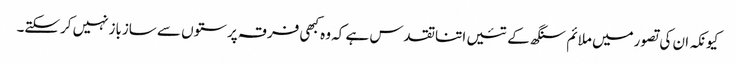
کیونکہ ان کی تصورمیں ملائم سنگھ کے تئیں اتناتقدس ہے کہ وہ کبھی فرقہ پرستوں سے سازبازنہیں کرسکتے۔